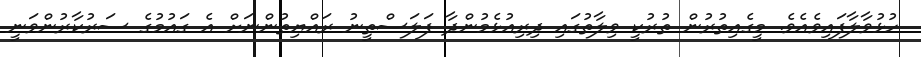
ހުޅުވާލާފައިވެއެވެ. މީގެއިތުރުން ތުރުކީ ވިލާތުގައި ދިރިއުޅެމުންދާ ފަލަސްތީނު ރައްޔިތުންނަށް އެ ގައުމުގެ ސަރުކާރުންވަނީ